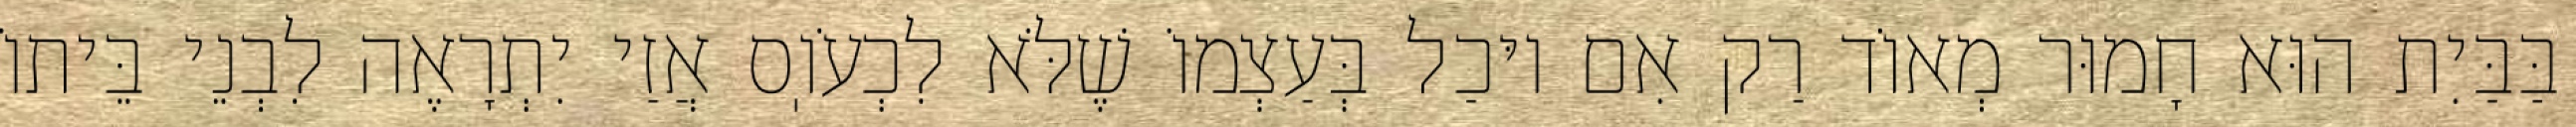
בַּבַּיִת הוּא חָמוּר מְאוֹד רַק אִם יוּכַל בְּעַצְמוֹ שֶׁלֹּא לִכְעֹוֽס אֲזַי יִתְרָאֶה לִבְנֵי בֵּיתוֹ